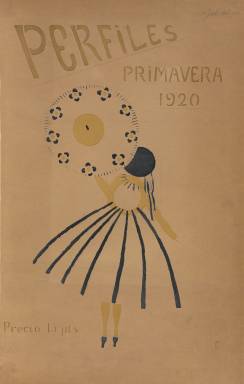
Título: Perfiles (Madrid. 1920)
Colección: Revistas de información general
Ámbito geográfico: Madrid
Lugar de publicación: Madrid
Fechas: 01/01/1920-31/12/1920

Solo se editó un número de esta fantástica revista vanguardista cuyo director artístico fue José de Zamora, ilustrador y escritor más conocido en la época como Pepito Zamora. Lo más remarcable de la publicación son las reproducciones en la cubierta y la contracubierta de ilustraciones de la artista ucraniana nacionalizada francesa Sonia Delaunay, quien llegó a abrir una boutique de moda y complementos en Madrid con gran aceptación por parte de la aristocracia madrileña. Precisamente el dibujo de la contracubierta alude a su establecimiento.

    La revista, dirigida a la alta sociedad, estaba centrada en la moda y los deportes con algunas colaboraciones literarias, y contaba entre otros con anuncios de marcas de automóviles, de joyerías, perfumes y de salas como Parisiana, un casino-teatro-restaurante donde tuvo lugar una velada de poetas ultraístas.

   Entre los colaboradores literarios de la publicación figuran Antonio de Hoyos y Vinent, Federico García Sanchiz, Rafael Lasso de la Vega y Gil de Escalante, y entre los ilustradores y caricaturistas, además del propio Zamora, están Pellicer, Tono y Crooke.

     El primer dibujo de la revista es uno a página entera de Pellicer; se trata de una caricatura de un personaje identificado como duque de Toledo. El lector se extrañará de ver que el rostro del personaje es el del rey Alfonso XIII, quien usaba el citado título para sus salidas nocturnas o para viajar sin ser reconocido. Su yeguada además llevaba el nombre de duque de Toledo. Precisamente, un artículo sobre las carreras de caballos ilustrado con pequeños dibujos figura en la revista firmado por Hoyos y Vinent.

    Con 62 páginas que respiran lujo por todas ellas en el único número de la revista, no se sabe por qué la publicación no tuvo continuidad. Es improbable que fuera por razones económicas, dado que contaba con un gran número de anuncios publicitarios de firmas de reconocida solvencia.

   Además, en la página de presentación a los lectores la revista anunciaba la colaboración de prestigiosos escritores para números sucesivos, así como descuentos en el precio a los suscriptores. No parece que fuera la voluntad de los promotores de la publicación editar un solo número cuando decían lo siguiente: ‘Con maravillosas caricaturas intercaladas cuidadosamente en el texto, publicaremos notables crónicas de sociedad, deportivas y teatrales y de la vida nacional, dedicando cada número algunas páginas a una capital de provincia española’.

[Descripción publicada el 08/09/2022]